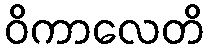
ဝိကာလေတိ